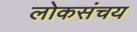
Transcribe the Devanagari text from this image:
लोकसंचय